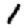
Digit: 1